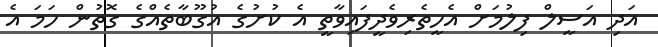
އަދި އަސީލް ފިލުމަށް އެހީތެރިވެދީފައިވާތީ އެ ކުށުގެ އުގޫބާތެއްގެ ގޮތުން ހަމަ އެ